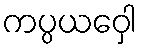
ကပ္ပယဝှေါ